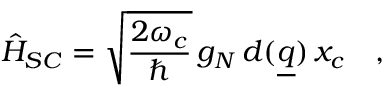
\hat { H } _ { S C } = \sqrt { \frac { 2 \omega _ { c } } { \hbar } } \, g _ { N } \, d ( \underline { { q } } ) \, x _ { c } \quad ,